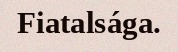
Fiatalsága.